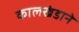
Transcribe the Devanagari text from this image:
कालखंडाने